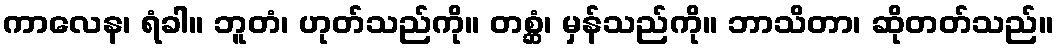
ကာလေန၊ ရံခါ။ ဘူတံ၊ ဟုတ်သည်ကို။ တစ္ဆံ၊ မှန်သည်ကို။ ဘာသိတာ၊ ဆိုတတ်သည်။